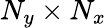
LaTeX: {{N}_{y}}\times{{N}_{x}}